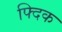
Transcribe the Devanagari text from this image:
फ्दिक